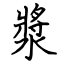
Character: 漿